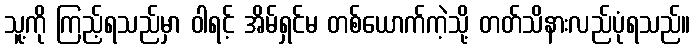
သူ့ကို ကြည့်ရသည်မှာ ဝါရင့် အိမ်ရှင်မ တစ်ယောက်ကဲ့သို့ တတ်သိနားလည်ပုံရသည်။